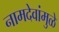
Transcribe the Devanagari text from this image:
नामदेवांमुळे